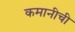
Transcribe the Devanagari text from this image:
कमानीची